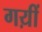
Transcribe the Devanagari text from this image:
गय़ीं